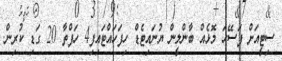
ސިޓީއަށް ފަސޭހަ މޮޅެއް ބާންލީން ޔުނައިޓެޑް ހިފަހައްޓައިފި4 ހަފްތާ 20 ގަޑި ކުރިން.